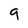
Character: 9